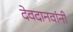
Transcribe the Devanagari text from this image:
देवदानवांनी